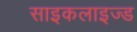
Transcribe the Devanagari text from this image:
साइकलाइज्ड